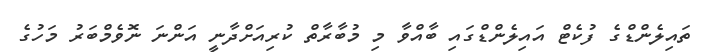
ތައިލެންޑްގެ ފުކެޓް އައިލެންޑްގައި ބާއްވާ މި މުބާރާތް ކުރިއަށްދާނީ އަންނަ ނޮވެމްބަރު މަހުގެ